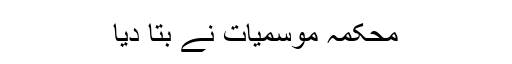
محکمہ موسمیات نے بتا دیا